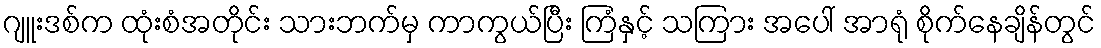
ဂျူးဒစ်က ထုံးစံအတိုင်း သားဘက်မှ ကာကွယ်ပြီး ကြံနှင့် သကြား အပေါ် အာရုံ စိုက်နေချိန်တွင်